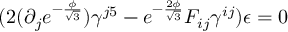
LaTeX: ( 2 ( \partial _ { j } e ^ { - \frac { \phi } { \sqrt { 3 } } } ) \gamma ^ { j 5 } - e ^ { - \frac { 2 \phi } { \sqrt { 3 } } } F _ { i j } \gamma ^ { i j } ) \epsilon = 0